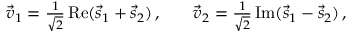
\begin{array} { r l r } { \vec { v } _ { 1 } = \frac { 1 } { \sqrt { 2 } } \operatorname { R e } ( \vec { s } _ { 1 } + \vec { s } _ { 2 } ) \, , } & { { } } & { \vec { v } _ { 2 } = \frac { 1 } { \sqrt { 2 } } \operatorname { I m } ( \vec { s } _ { 1 } - \vec { s } _ { 2 } ) \, , } \end{array}